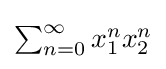
{\textstyle \sum _{n=0}^{\infty }x_{1}^{n}x_{2}^{n}}